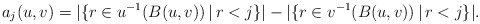
\begin{align*}a_{j}(u,v)=|\{r\in u^{-1}(B(u,v))\,|\, r< j\}|-|\{r\in v^{-1}(B(u,v))\,|\, r<j\}|.\end{align*}